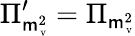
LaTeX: \Pi_{\mathsf{m}_{\mathrm{{\tiny~V}}}^{2}}^{\prime}=\Pi_{\mathsf{m}_{\mathrm{{\tiny~V}}}^{2}}